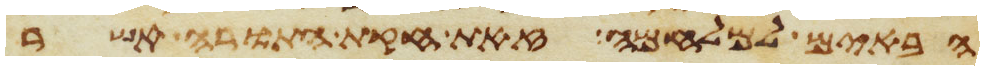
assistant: הבאים למלחמה זאת חקת התורה אשר